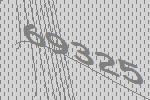
69325